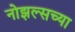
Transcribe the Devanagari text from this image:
नोझल्सच्या